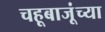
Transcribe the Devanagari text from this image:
चहूबाजूंच्या